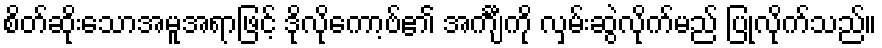
စိတ်ဆိုးသောအမူအရာဖြင့် ဒိုလိုကော့ဗ်၏ အင်္ကျီကို လှမ်းဆွဲလိုက်မည် ပြုလိုက်သည်။